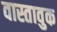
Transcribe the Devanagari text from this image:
वास्तावुक